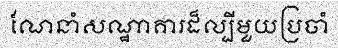
ណែនាំសណ្ឋាគារដ៏ល្បីមួយប្រចាំ